Civil Veterinary Department. Central Provinces & Berar 1932-41 - 1932-1941
Year: 1932
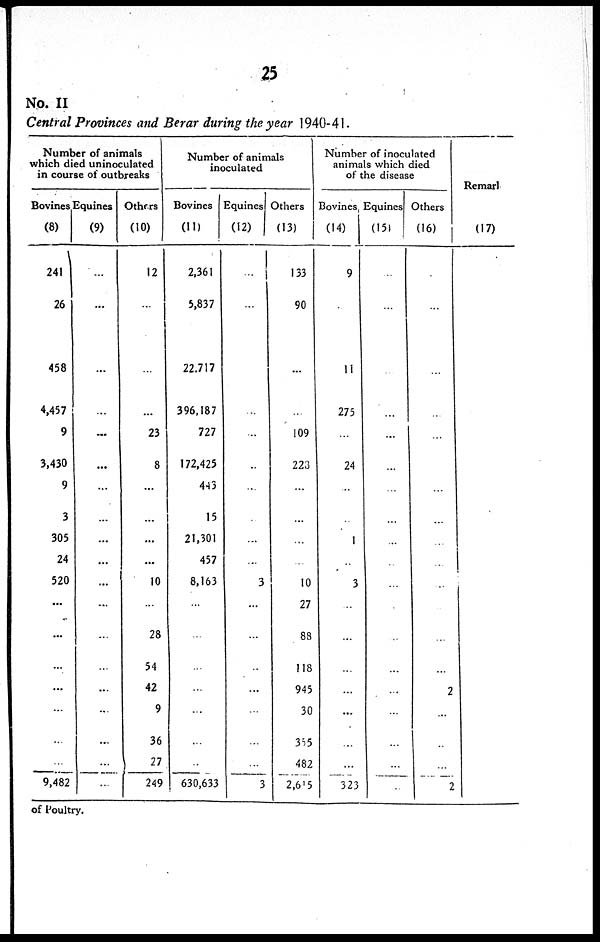
25
No. II
Central Provinces and Berar during the year 1940-41
Number of animals
which died uninoculated
in course of outbreaks
Bovines
(8)
241
26
458
4,457
9
3,430
9
3
305
24
520
...
...
...
...
...
...
...
9,482
Equines
(9)
...
...
...
...
...
...
...
...
...
...
...
...
...
...
...
...
...
...
...
Others
(10)
12
...
...
...
23
8
...
...
...
...
10
...
28
54
42
9
36
27
249
Number of animals
inoculated
Bovines
(11)
2,361
5,837
22,717
396,187
727
172,425
443
15
21,301
457
8,163
...
...
...
...
...
...
...
630,633
Equines
(12)
...
...
...
...
...
...
...
...
3
...
...
...
...
...
...
3
Others
(13)
133
90
...
...
109
223
...
...
...
...
10
27
88
118
945
30
355
482
2,615
Number of inoculated
animals which died
of the disease
Bovines,
(14)
9
...
11
275
...
24
...
...
1
...
3
...
...
...
...
...
...
...
323
Equines
(15)
...
...
...
...
...
...
...
...
...
...
...
...
...
...
...
...
...
Others
(16)
...
...
...
...
...
...
...
...
...
...
...
...
...
...
2
...
...
...
2
Remark
(17)
of Poultry.